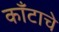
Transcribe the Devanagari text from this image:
काँटाचे